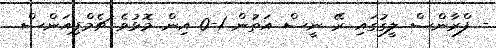
- ފްރާންސް ލީގުގައި ރޭ ނީސް އަތުން 1-0 އިން މޮޅުވެ ޗެމްޕިއަންސް